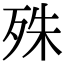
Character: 殊